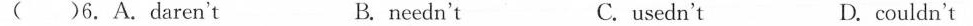
( )6.A.Daren^{,}t B. needn^{,}t C. usedn^{,}t D. couldn^{,}t